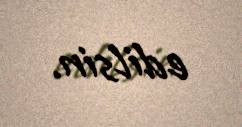
edilsin.